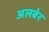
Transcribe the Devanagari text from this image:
अलबेर